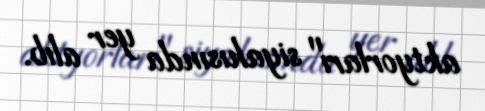
aktyorları" siyahısında yer alıb.